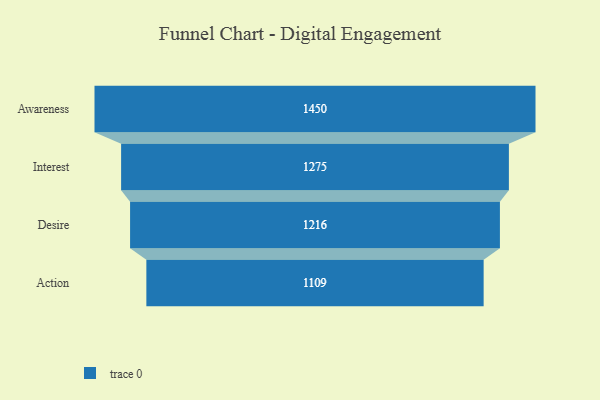
{"axis": {"x": "Stage", "y": "Value"}, "legend": [""], "data": [{"x": "Awareness", "y": 1450.0, "type": ""}, {"x": "Interest", "y": 1275.0, "type": ""}, {"x": "Desire", "y": 1216.0, "type": ""}, {"x": "Action", "y": 1109.0, "type": ""}]}